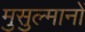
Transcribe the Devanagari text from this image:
मुसुल्मानों